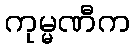
ကုမ္မဏီက